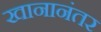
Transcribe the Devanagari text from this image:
खानानंतर